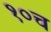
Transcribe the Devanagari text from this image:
१०च